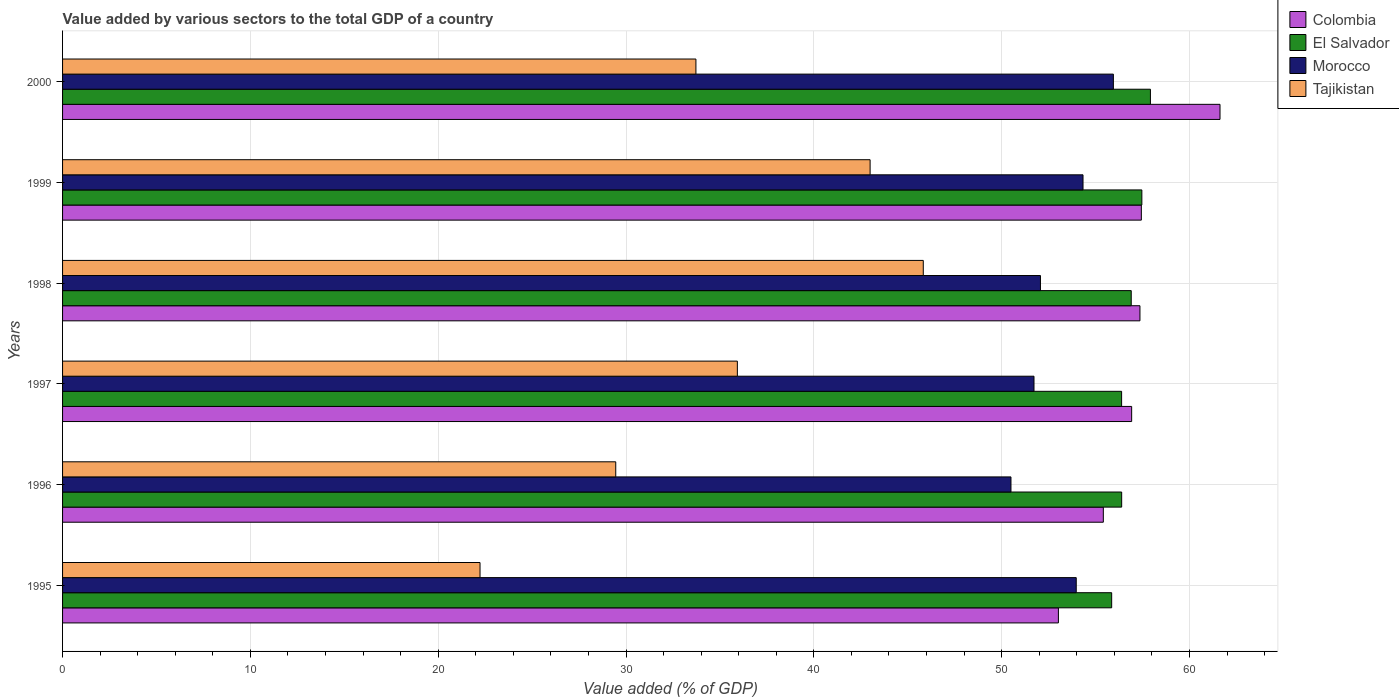
| Years | Colombia | El Salvador | Morocco | Tajikistan |
 | --- | --- | --- | --- | --- |
 | 1995 | 53 | 55.9 | 54 | 22.2 |
 | 1996 | 55.4 | 56.4 | 50.5 | 29.5 |
 | 1997 | 56.9 | 56.4 | 51.7 | 35.9 |
 | 1998 | 57.4 | 56.9 | 52.1 | 45.8 |
 | 1999 | 57.4 | 57.5 | 54.3 | 43 |
 | 2000 | 61.6 | 57.9 | 56 | 33.7 |